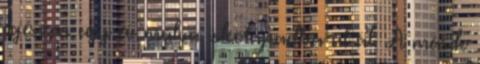
egészen egy év múlva iskolapadba ül át. A másik